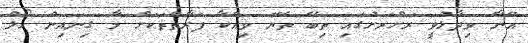
އޭނާ ވިދާޅުވީ ރަށްރަށުގައި ތިބޭ ތެޔޮ ވިއްކާ ފަރާތްތަކަށް މާ ގިނައިން ހޯލް